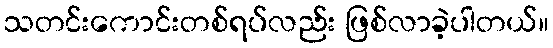
သတင်းကောင်းတစ်ရပ်လည်း ဖြစ်လာခဲ့ပါတယ်။